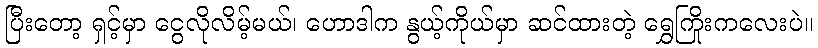
ပြီးတော့ ရှင့်မှာ ငွေလိုလိမ့်မယ်၊ ဟောဒါက နွယ့်ကိုယ်မှာ ဆင်ထားတဲ့ ရွှေကြိုးကလေးပဲ။